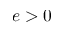
e > 0